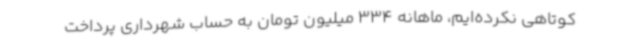
کوتاهی نکرده‌ایم، ماهانه 334 میلیون تومان به حساب شهرداری پرداخت